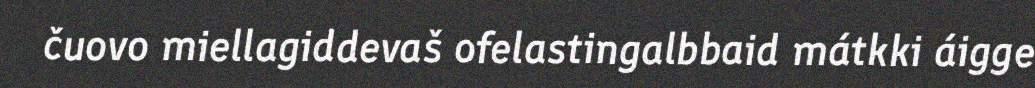
čuovo miellagiddevaš ofelastingalbbaid mátkki áigge